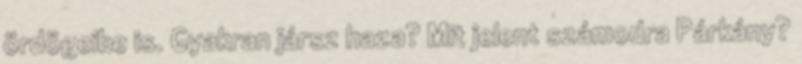
ördögeibe is. Gyakran jársz haza? Mit jelent számodra Párkány?